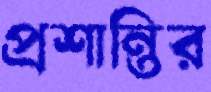
প্রশান্তির